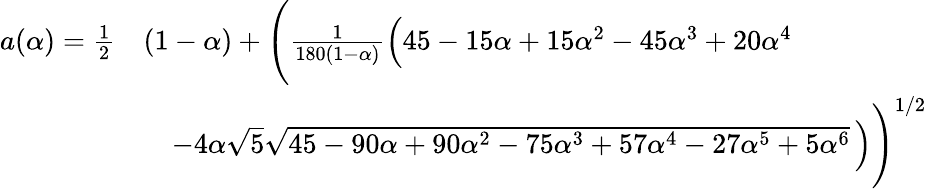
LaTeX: \begin{array}{rl}{a(\alpha)=\frac{1}{2}}&{(1-\alpha)+\Biggl(\frac{1}{180(1-\alpha)}\Bigl(45-15\alpha+15\alpha^{2}-45\alpha^{3}+20\alpha^{4}}\\ &{\quad\mathrm-4\alpha\sqrt{5}\sqrt{45-90\alpha+90\alpha^{2}-75\alpha^{3}+57\alpha^{4}-27\alpha^{5}+5\alpha^{6}}\, \Bigr)\Biggr)^{1/2}}\end{array}